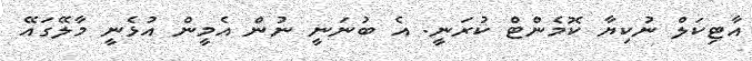
އާޓިކަލް ނުކިޔާ ކޮމެންޓް ކުރަނީ. އެ ބުނަނީ ނުން އެމީން އުޅެނީ މާލޭގައޭ